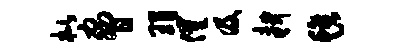
枇胁瑁催及耕毡